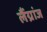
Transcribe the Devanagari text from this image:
लैंग्रांज